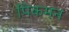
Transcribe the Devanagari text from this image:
पिकमन